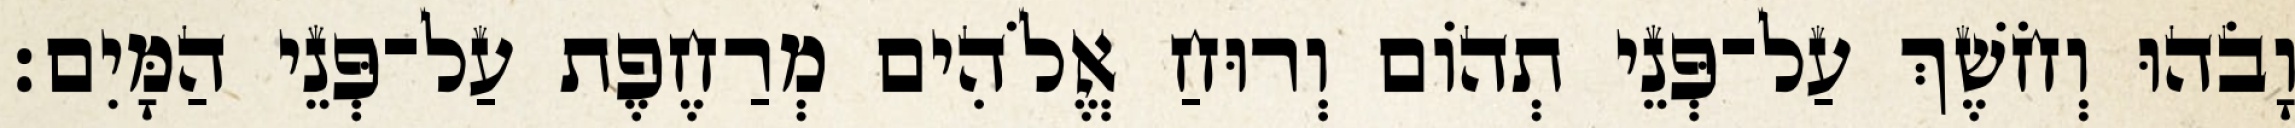
וָבֹהוּ וְחֹשֶׁךְ עַל־פְּנֵי תְהֹום וְרוּחַ אֱלֹהִים מְרַחֶפֶת עַל־פְּנֵי הַמָּיִם׃